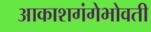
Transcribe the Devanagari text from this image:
आकाशगंगेभोवती